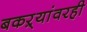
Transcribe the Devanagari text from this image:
बकऱ्यांवरही